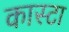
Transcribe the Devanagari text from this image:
कास्टा